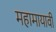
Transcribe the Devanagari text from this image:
महामायावी